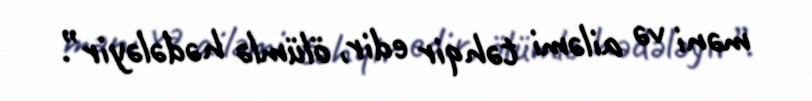
məni və ailəmi təhqir edir, ölümlə hədələyir”.